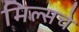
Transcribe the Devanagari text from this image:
मिल्सचे